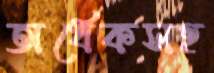
অর্ধেকসহ